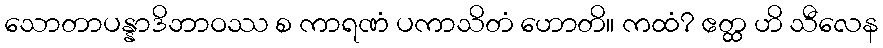
သောတာပန္နာဒိဘာဝဿ စ ကာရဏံ ပကာသိတံ ဟောတိ။ ကထံ? ဧတ္ထ ဟိ သီလေန